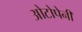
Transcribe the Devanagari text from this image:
ओटोपेनी